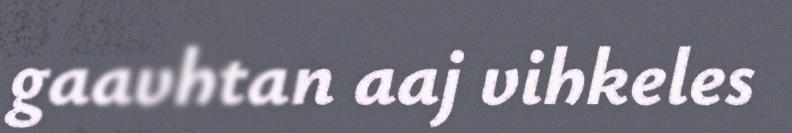
gaavhtan aaj vihkeles